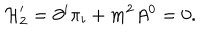
LaTeX: { \cal H } _ { 2 } ^ { \prime } = \partial ^ { i } \pi _ { i } + m ^ { 2 } A ^ { 0 } = 0 .